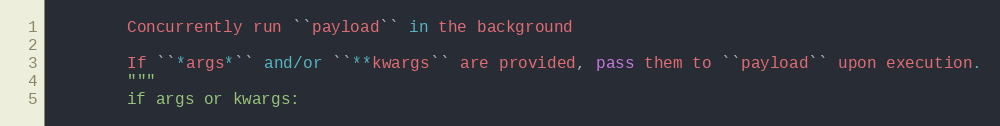
Language: Python
        Concurrently run ``payload`` in the background

        If ``*args*`` and/or ``**kwargs`` are provided, pass them to ``payload`` upon execution.
        """
        if args or kwargs: